Lunatic asylums United Provinces 1899-1908 - 1899-1908
Year: 1899
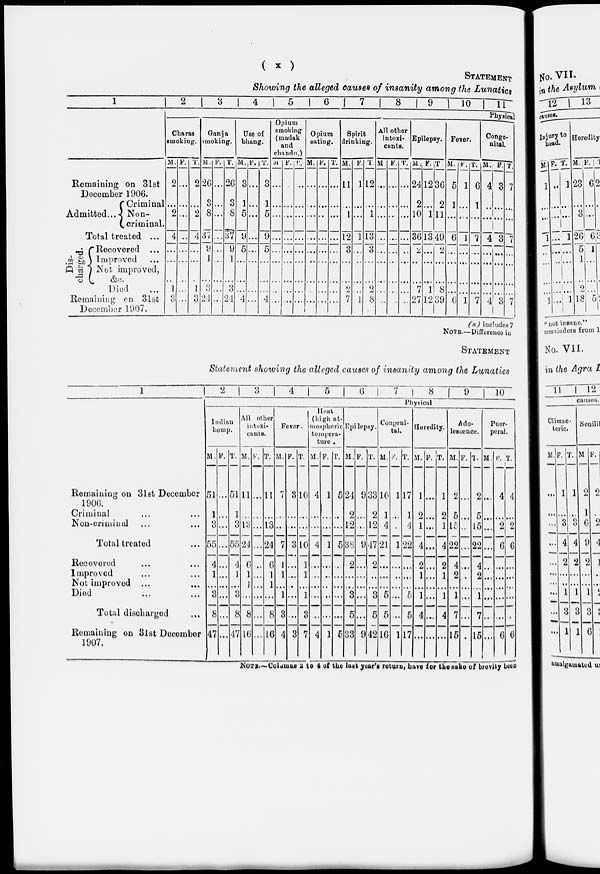
( x )
STATEMENT
Showing the alleged causes of insanity among the Lunatics
1
Remaining on 31st
December 1906.
Admitted...
Criminal
Non-
criminal.
Total treated ...
Dis-
charged.
Recovered ...
Improved ...
Not improved,
&c.
Died ...
Remaining on 31st
December 1907.
2
3
4
5
6
7
8
9
10
11
Physical
Charas
smoking.
M.
2
...
2
4
...
...
...
1
3
F.
...
...
...
...
...
...
...
...
...
T.
2
...
2
4
...
...
...
1
3
Ganja
smoking.
M.
26
3
8
37
9
1
...
3
24
F.
...
...
...
...
...
...
...
...
...
T.
26
3
8
37
9
1
...
3
24
Use of
bhang.
M.
3
1
5
9
5
...
...
...
4
F.
...
...
...
...
...
...
...
...
...
T.
3
1
5
9
5
...
...
...
4
Opium
smoking
(madak
and
chandu.)
M.
...
...
...
...
...
...
...
...
...
F.
...
...
...
...
...
...
...
...
...
T.
...
...
...
...
...
...
...
...
...
Opium
eating.
M.
...
...
...
...
...
...
...
...
...
F.
...
...
...
...
...
...
...
...
...
T.
...
...
...
...
...
...
...
...
...
Spirit
drinking.
M.
11
...
1
12
3
...
...
2
7
F.
1
...
...
1
...
...
...
...
1
T.
12
...
1
13
3
...
...
2
8
All other
intoxi-
cants.
M
...
...
...
...
...
...
...
...
...
F.
...
...
...
...
...
...
...
...
...
T.
...
...
...
...
...
...
...
...
...
Epilepsy.
M.
24
2
10
36
2
...
...
7
27
F.
12
...
1
13
...
...
...
1
12
T
36
2
11
49
2
...
...
8
39
Fever.
M.
5
1
...
6
...
...
...
...
6
F.
1
...
...
1
...
...
...
...
1
T.
6
1
...
7
...
...
...
...
7
Conge-
nital.
M.
4
...
...
4
...
...
...
...
4
F.
3
...
...
3
...
...
...
...
3
T.
7
...
...
7
...
...
...
...
7
(a) includes 7
NOTE.—Difference in
STATEMENT
Statement showing the alleged causes of insanity among the Lunatics
1
Remaining on 31st December
1906.
Criminal ... ...
Non-criminal ... ...
Total treated ...
Recovered ... ...
Improved ... ...
Not improved ... ...
Died ... ...
Total discharged ...
Remaining on 3lst December
1907.
2
3
4
5
6
7
8 9
10
Physical
Indian
hemp.
M.
51
1
3
55
4
1
...
3
8
47
F.
...
...
...
...
...
...
...
...
...
...
T.
51
1
3
55
4
1
...
3
8
47
All other
intoxi-
cants.
M.
11
...
13
24
6
1
1
...
8
16
F.
...
...
...
...
...
...
...
...
...
...
T.
11
...
13
24
6
1
1
...
8
16
Fever.
M.
7
...
...
7
1
1
...
1
3
4
F.
3
...
...
3
...
...
...
...
...
3
T.
10
...
...
10
1
1
...
1
3
7
Heat
(high at-
mospheric
tempera-
ture.
M.
4
...
...
4
...
...
...
...
...
4
F.
1
...
...
1
...
...
...
...
...
1
T.
5
...
...
5
...
...
...
...
...
5
Epilepsy.
M.
24
2
12
38
2
...
...
3
5
33
F.
9
...
...
9
...
...
...
...
...
9
T.
33
2
12
47
2
...
...
3
5
42
Congeni-
tal.
M.
16
1
4
21
...
...
...
5
5
16
F.
1
...
...
1
...
...
...
...
...
1
T.
17
1
4
22
...
...
...
5
5
17
Heredity.
M.
1
2
1
4
2
1
...
1
4
...
F.
...
...
...
...
...
...
...
...
...
...
T.
1
2
1
4
2
1
...
1
4
...
Ado-
lescence.
M.
2
5
15
22
4
2
...
1
7
15
F.
...
...
...
...
...
...
...
...
...
...
T.
2
5
15
22
4
2
...
1
7
15
Puer-
peral.
M.
...
...
...
...
...
...
...
...
...
...
F.
4
...
2
6
...
...
...
...
...
6
T.
4
...
2
6
...
...
...
...
...
6
NOTE.—Columns 2 to 4 of the last year's return, have for the sake of brevity been